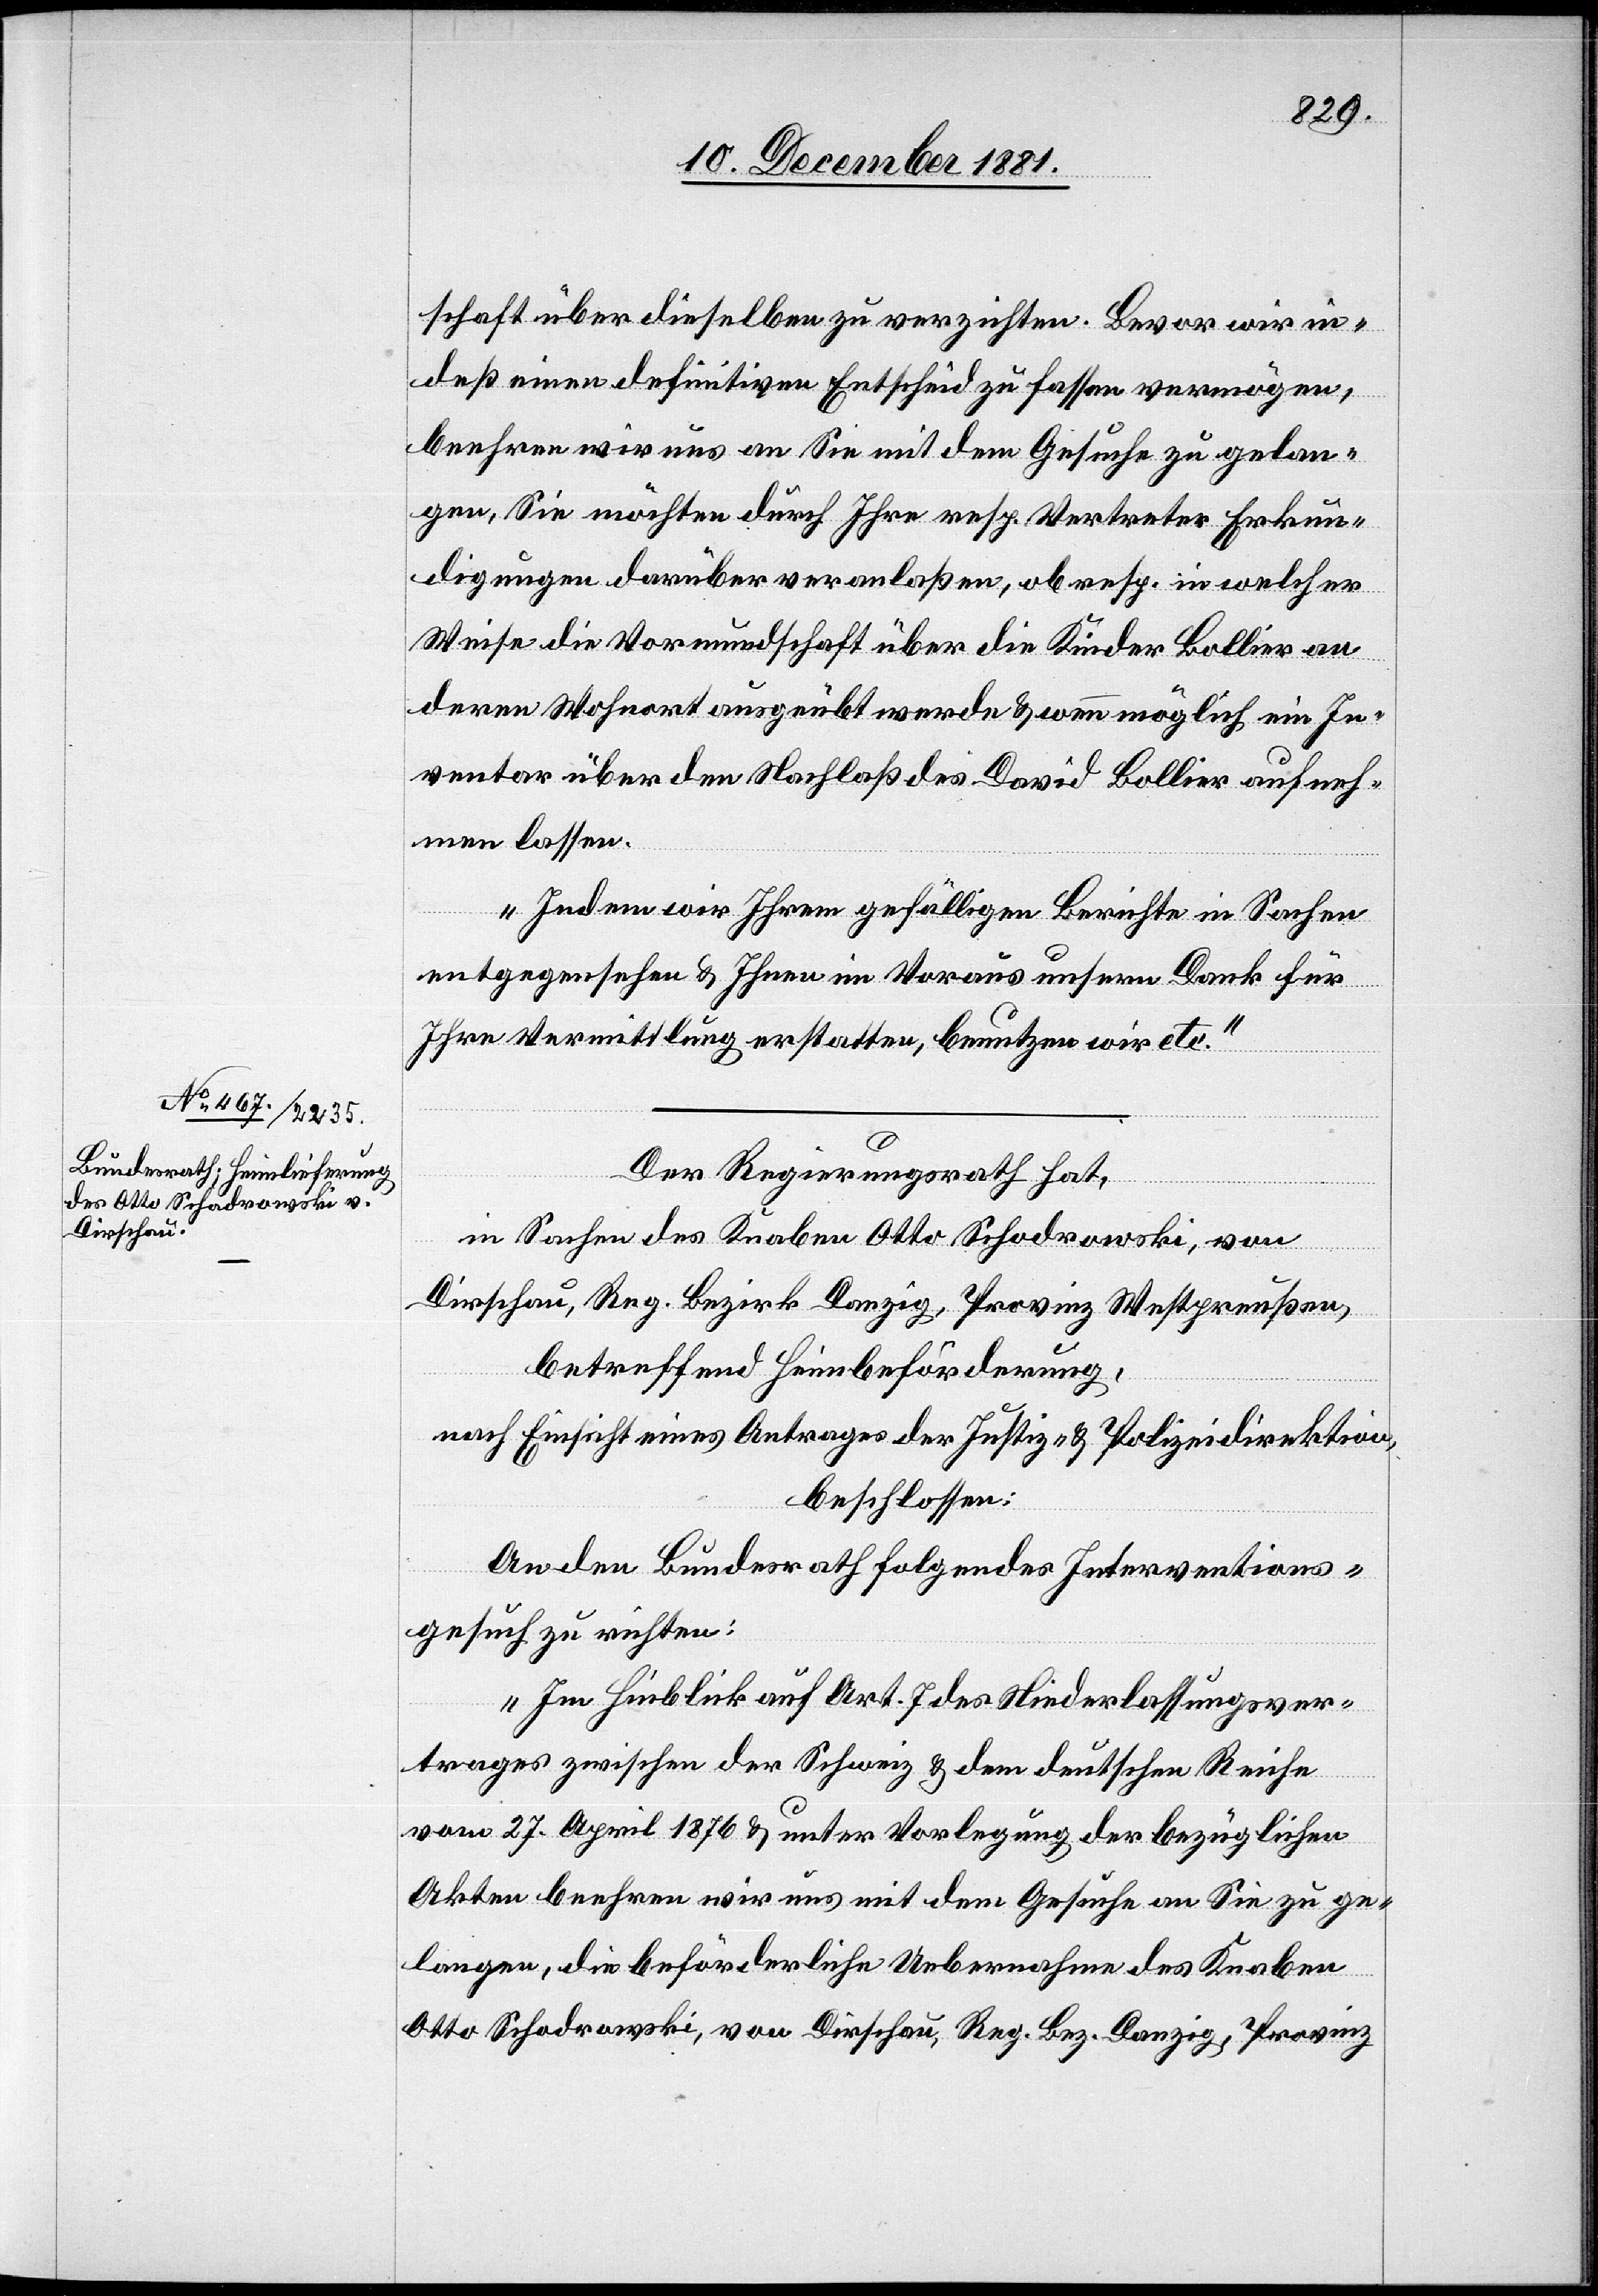
schaft über dieselben zu verzichten. Bevor wir in¬
deß einen definitiven Entscheid zu fassen vermögen,
beehren wir uns an Sie mit dem Gesuche zu gelan¬
gen, Sie möchten durch Ihre resp. Vertreter Erkun¬
dungen darüber veranlaßen, ob resp. in welcher
Weise die Vormundschaft über die Kinder Bollier an
deren Wohnort ausgeübt werde & wenn möglich ein In¬
ventar über den Nachlaß des David Bollier aufneh¬
men lassen.
Indem wir Ihrem gefälligen Berichte in Sachen
entgegensehen & Ihnen im Voraus unsern Dank für
Ihre Vermittlung erstatten, benutzen wir etc.“
Der Regierungsrath hat,
in Sachen des Knaben Otto Schodrowski, von
Dirschau, Reg. Bezirk Danzig, Provinz Westpreußen,
betreffend Heimbeförderung,
nach Einsicht eines Antrages der Justiz- & Polizeidirektion,
beschlossen:
An den Bundesrath folgendes Interventions¬
gesuch zu richten:
„Im Hinblick auf Art. 7 des Niederlassungsver¬
trages zwischen der Schweiz & dem deutschen Reiche
vom 27. April 1876 & unter Vorlegung der bezüglichen
Akten beehren wir uns mit dem Gesuche an sie zu ge¬
langen, die beförderliche Uebernahme des Knaben
Otto Schodrowski, von Dirschau, Reg. Bez. Danzig, Provinz